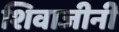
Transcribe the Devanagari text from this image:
शिवाजीनी